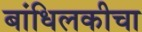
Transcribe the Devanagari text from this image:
बांधिलकीचा